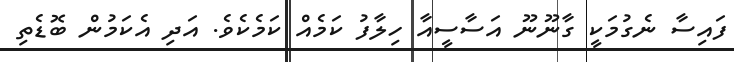
ފައިސާ ނެގުމަކީ ގާނޫނޫ އަސާސީއާ ހިލާފު ކަމެއް ކަމެކެވެ. އަދި އެކަމުން ބޮޑެތި